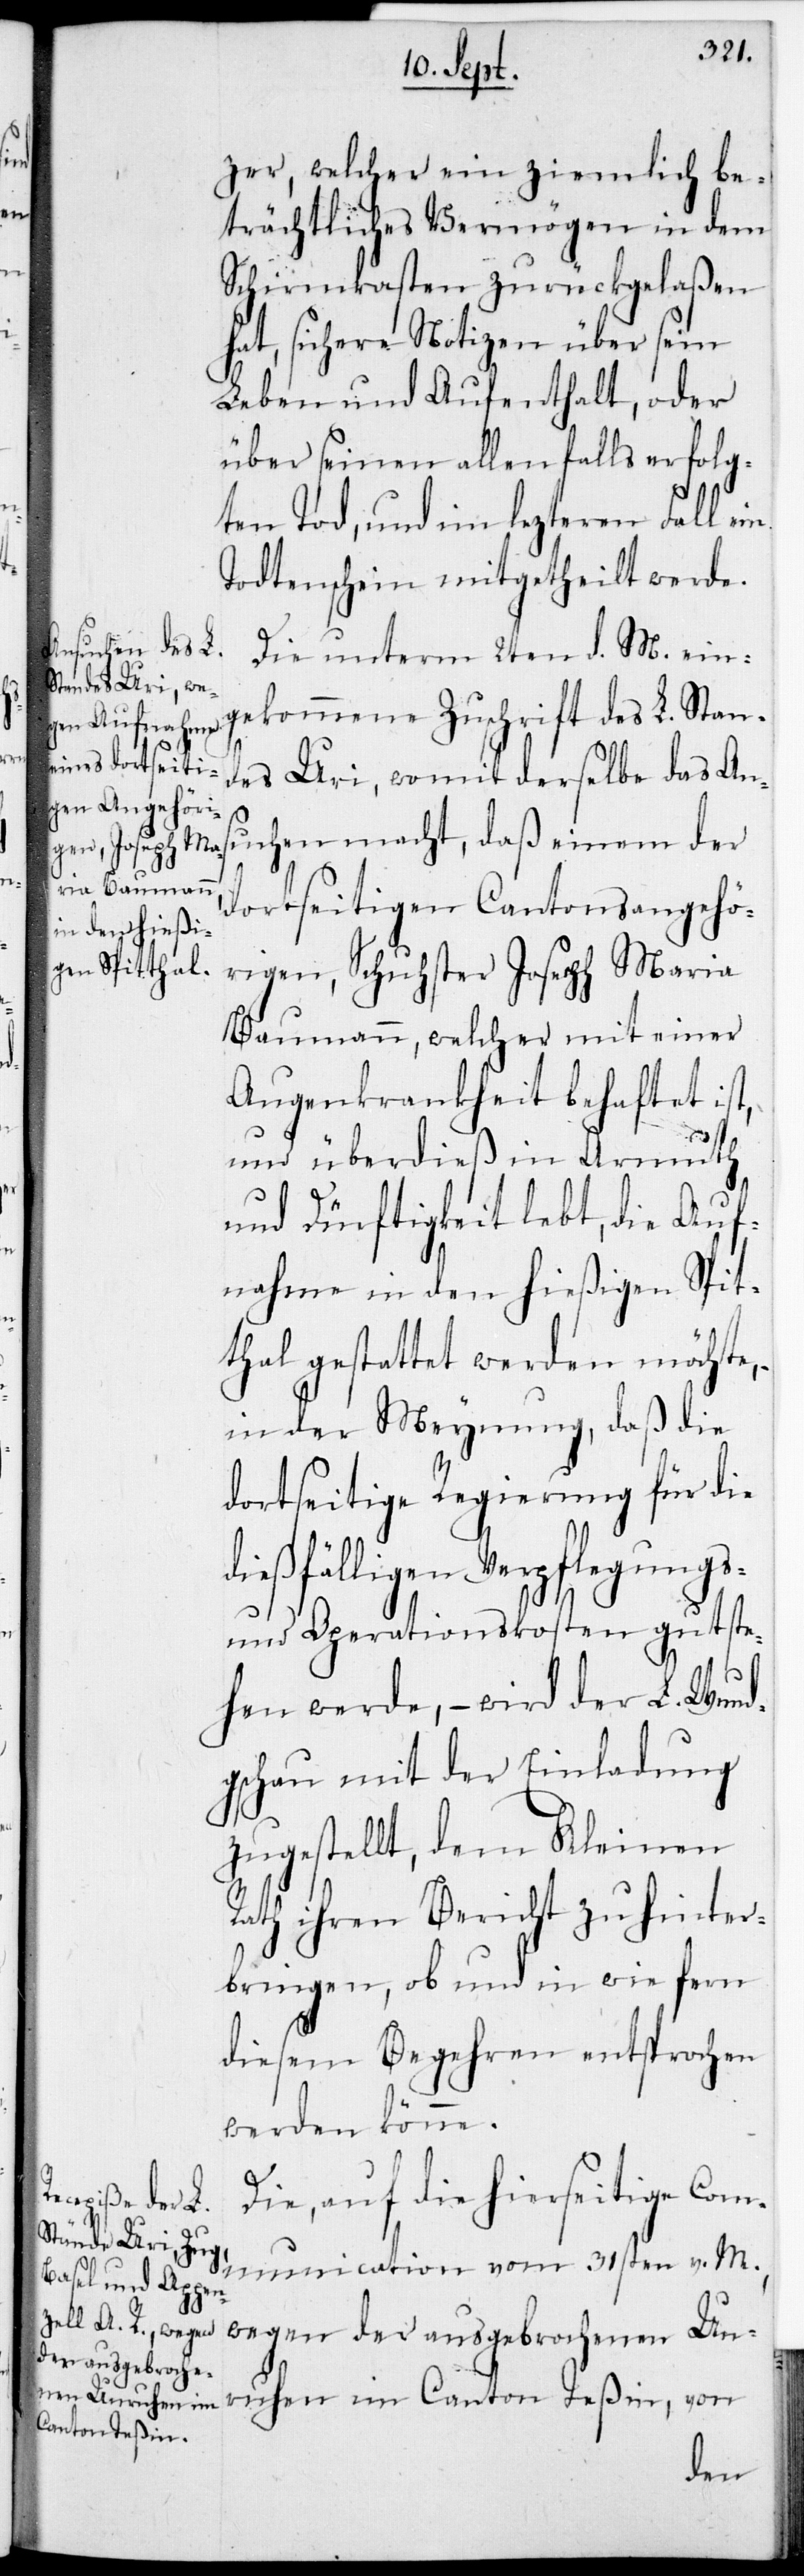
zer, welcher ein ziemlich be¬
trächtliches Vermögen in dem
Schirmkasten zurückgelaßen
hat, sichere Notizen über sein
Leben und Aufenthalt, oder
über seinen allenfalls erfolg¬
ten Tod, und im lezteren Fall ein
Todtenschein mitgetheilt werde.
Die unterm 2ten d. M. ein¬
gekommene Zuschrift des L. Stan¬
des Uri, womit derselbe das Ans¬
uchen macht, daß einem der
dortseitigen Cantonsangehö¬
rigen, Schuhster Joseph Maria
Baumann, welcher mit einer
Augenkrankheit behaftet ist,
und überdieß in Armuth
und Dürftigkeit lebt, die Auf¬
nahme in den hießigen Spit¬
thal gestattet werden möchte,
in der Meynung, daß die
dortseitige Regierung für die
dießfälligen Verpflegungs-
und Operationskosten gutste¬
hen werde, – wird der L. Wund¬
gschau mit der Einladung
zugestellt, dem Kleinen
Rath ihren Bericht zu hinter¬
bringen, ob und in wie fern
diesem Begehren entsprochen
werden könne.
Die, auf die hierseitige Com¬
munication vom 31sten v. M.,
der ausgebroche¬
nen Unruhen im
Canton Teßin,